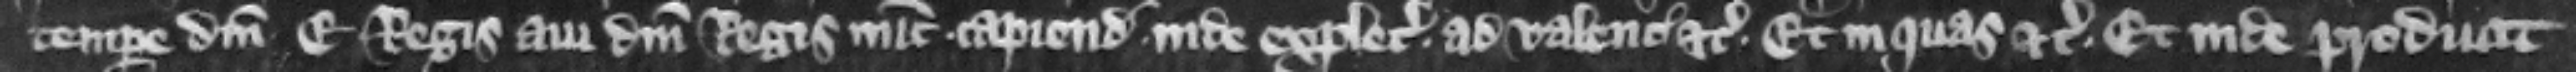
tempore domini E. regis aui domini regis nune capiendo inde expletia ad valenciam etc. et in quas etc. Et inde producit